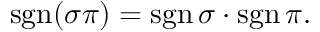
\operatorname { s g n } ( \sigma \pi ) = \operatorname { s g n } \sigma \cdot \operatorname { s g n } \pi .